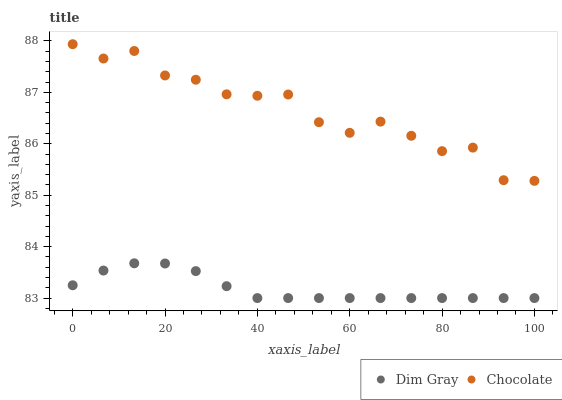
| xaxis_label | Dim Gray | Chocolate |
 | --- | --- | --- |
 | 0 | 83.2 | 87.9 |
 | 6.67 | 83.5 | 87.7 |
 | 13.3 | 83.7 | 87.8 |
 | 20 | 83.7 | 87.3 |
 | 26.7 | 83.5 | 87.2 |
 | 33.3 | 83.2 | 87 |
 | 40 | 83 | 86.9 |
 | 46.7 | 83 | 87 |
 | 53.3 | 83 | 86.4 |
 | 60 | 83 | 86.2 |
 | 66.7 | 83 | 86.4 |
 | 73.3 | 83 | 86.2 |
 | 80 | 83 | 85.9 |
 | 86.7 | 83 | 85.9 |
 | 93.3 | 83 | 85.3 |
 | 100 | 83 | 85.3 |